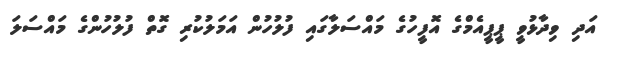
އަދި ވިދާޅުވީ ޕީޕީއެމްގެ އޮފީހުގެ މައްސަލާގައި ފުލުހުން އަމަލުކުރި ގޮތް ފުލުހުންގެ މައްސަލަ